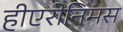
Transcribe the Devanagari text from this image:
हीएरोनिमस